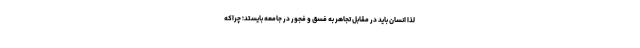
لذا انسان باید در مقابل تجاهر به فسق و فجور در جامعه بایستد؛ چراکه